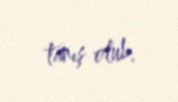
tanış olub.